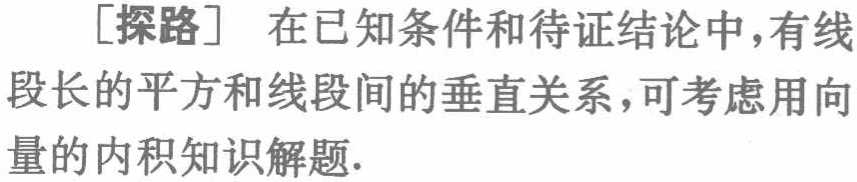
[探路] 在已知条件和待证结论中，有线段长的平方和线段间的垂直关系，可考虑用向量的内积知识解题.